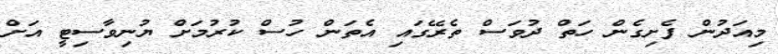
މިއަދުން ފެށިގެން ހަތް ދުވަސް ތެރޭގައި އެތަން ހުސް ކުރުމަށް ޔުނިވާސިޓީ އަށް